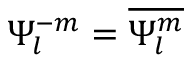
\Psi _ { l } ^ { - m } = \overline { { \Psi _ { l } ^ { m } } }